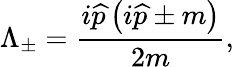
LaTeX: \Lambda_{\pm}=\frac{i\widehat{p}\left(i\widehat{p}\pm m\right)}{2m},